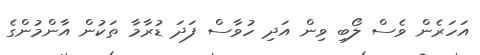
އަހަރެން ވެސް ލޯބި ވިން އަދި ހުވާސް ފަދަ ޑުރާމާ ތަކުން އާންމުންގެ